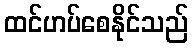
ထင်ဟပ်စေနိုင်သည်